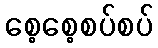
စေ့စေ့စပ်စပ်